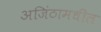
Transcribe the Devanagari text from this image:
अजिंठामधील